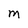
Character: M